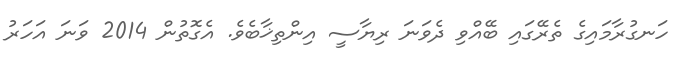
ހަނގުރާމައިގެ ތެރޭގައި ބޭއްވި ދެވަނަ ރިޔާސީ އިންތިޚާބެވެ. އެގޮތުން 2014 ވަނަ އަހަރު